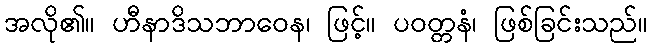
အလို၏။ ဟီနာဒိသဘာဝေန၊ ဖြင့်။ ပဝတ္တနံ၊ ဖြစ်ခြင်းသည်။